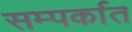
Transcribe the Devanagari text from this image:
सम्पर्कात